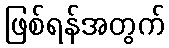
ဖြစ်ရန်အတွက်